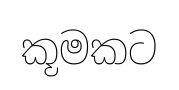
කූමකට